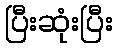
ပြီးဆုံးပြီး